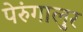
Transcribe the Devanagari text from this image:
पेरुंगालुर